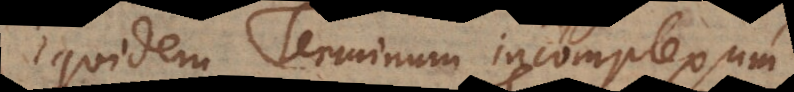
Equidem Terminum incomplexum